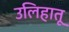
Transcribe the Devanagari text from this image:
उलिहातू